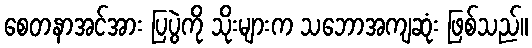
စေတနာအင်အား ပြပွဲကို သိုးများက သဘောအကျဆုံး ဖြစ်သည်။